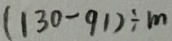
( 1 3 0 - 9 1 ) \div m